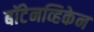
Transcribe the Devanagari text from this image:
बॉटेनव्हिकेन